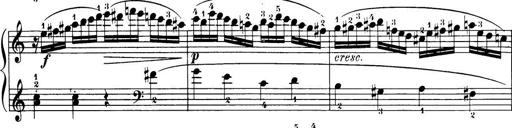
Title: 32 Sonatinas and Rondos for the Piano
Composer: Richard Kleinmichel